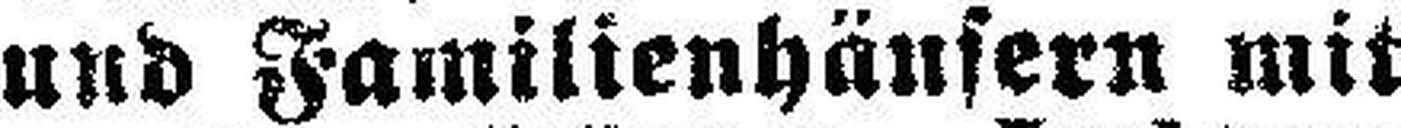
und Familienhänsern mit